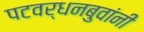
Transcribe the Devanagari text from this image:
पटवर्धनबुवांनी